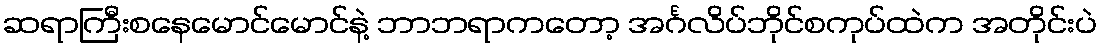
ဆရာကြီးစနေမောင်မောင်နဲ့ ဘာဘရာကတော့ အင်္ဂလိပ်ဘိုင်စကုပ်ထဲက အတိုင်းပဲ